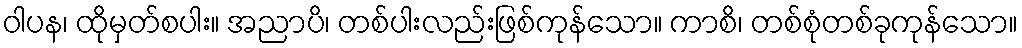
ဝါပန၊ ထိုမှတ်စပါး။ အညာပိ၊ တစ်ပါးလည်းဖြစ်ကုန်သော။ ကာစိ၊ တစ်စုံတစ်ခုကုန်သော။